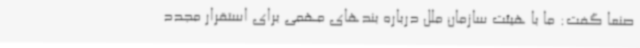
صنعا گفت: ما با هیئت سازمان ملل درباره بندهای مهمی برای استقرار مجدد